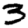
Digit: 3